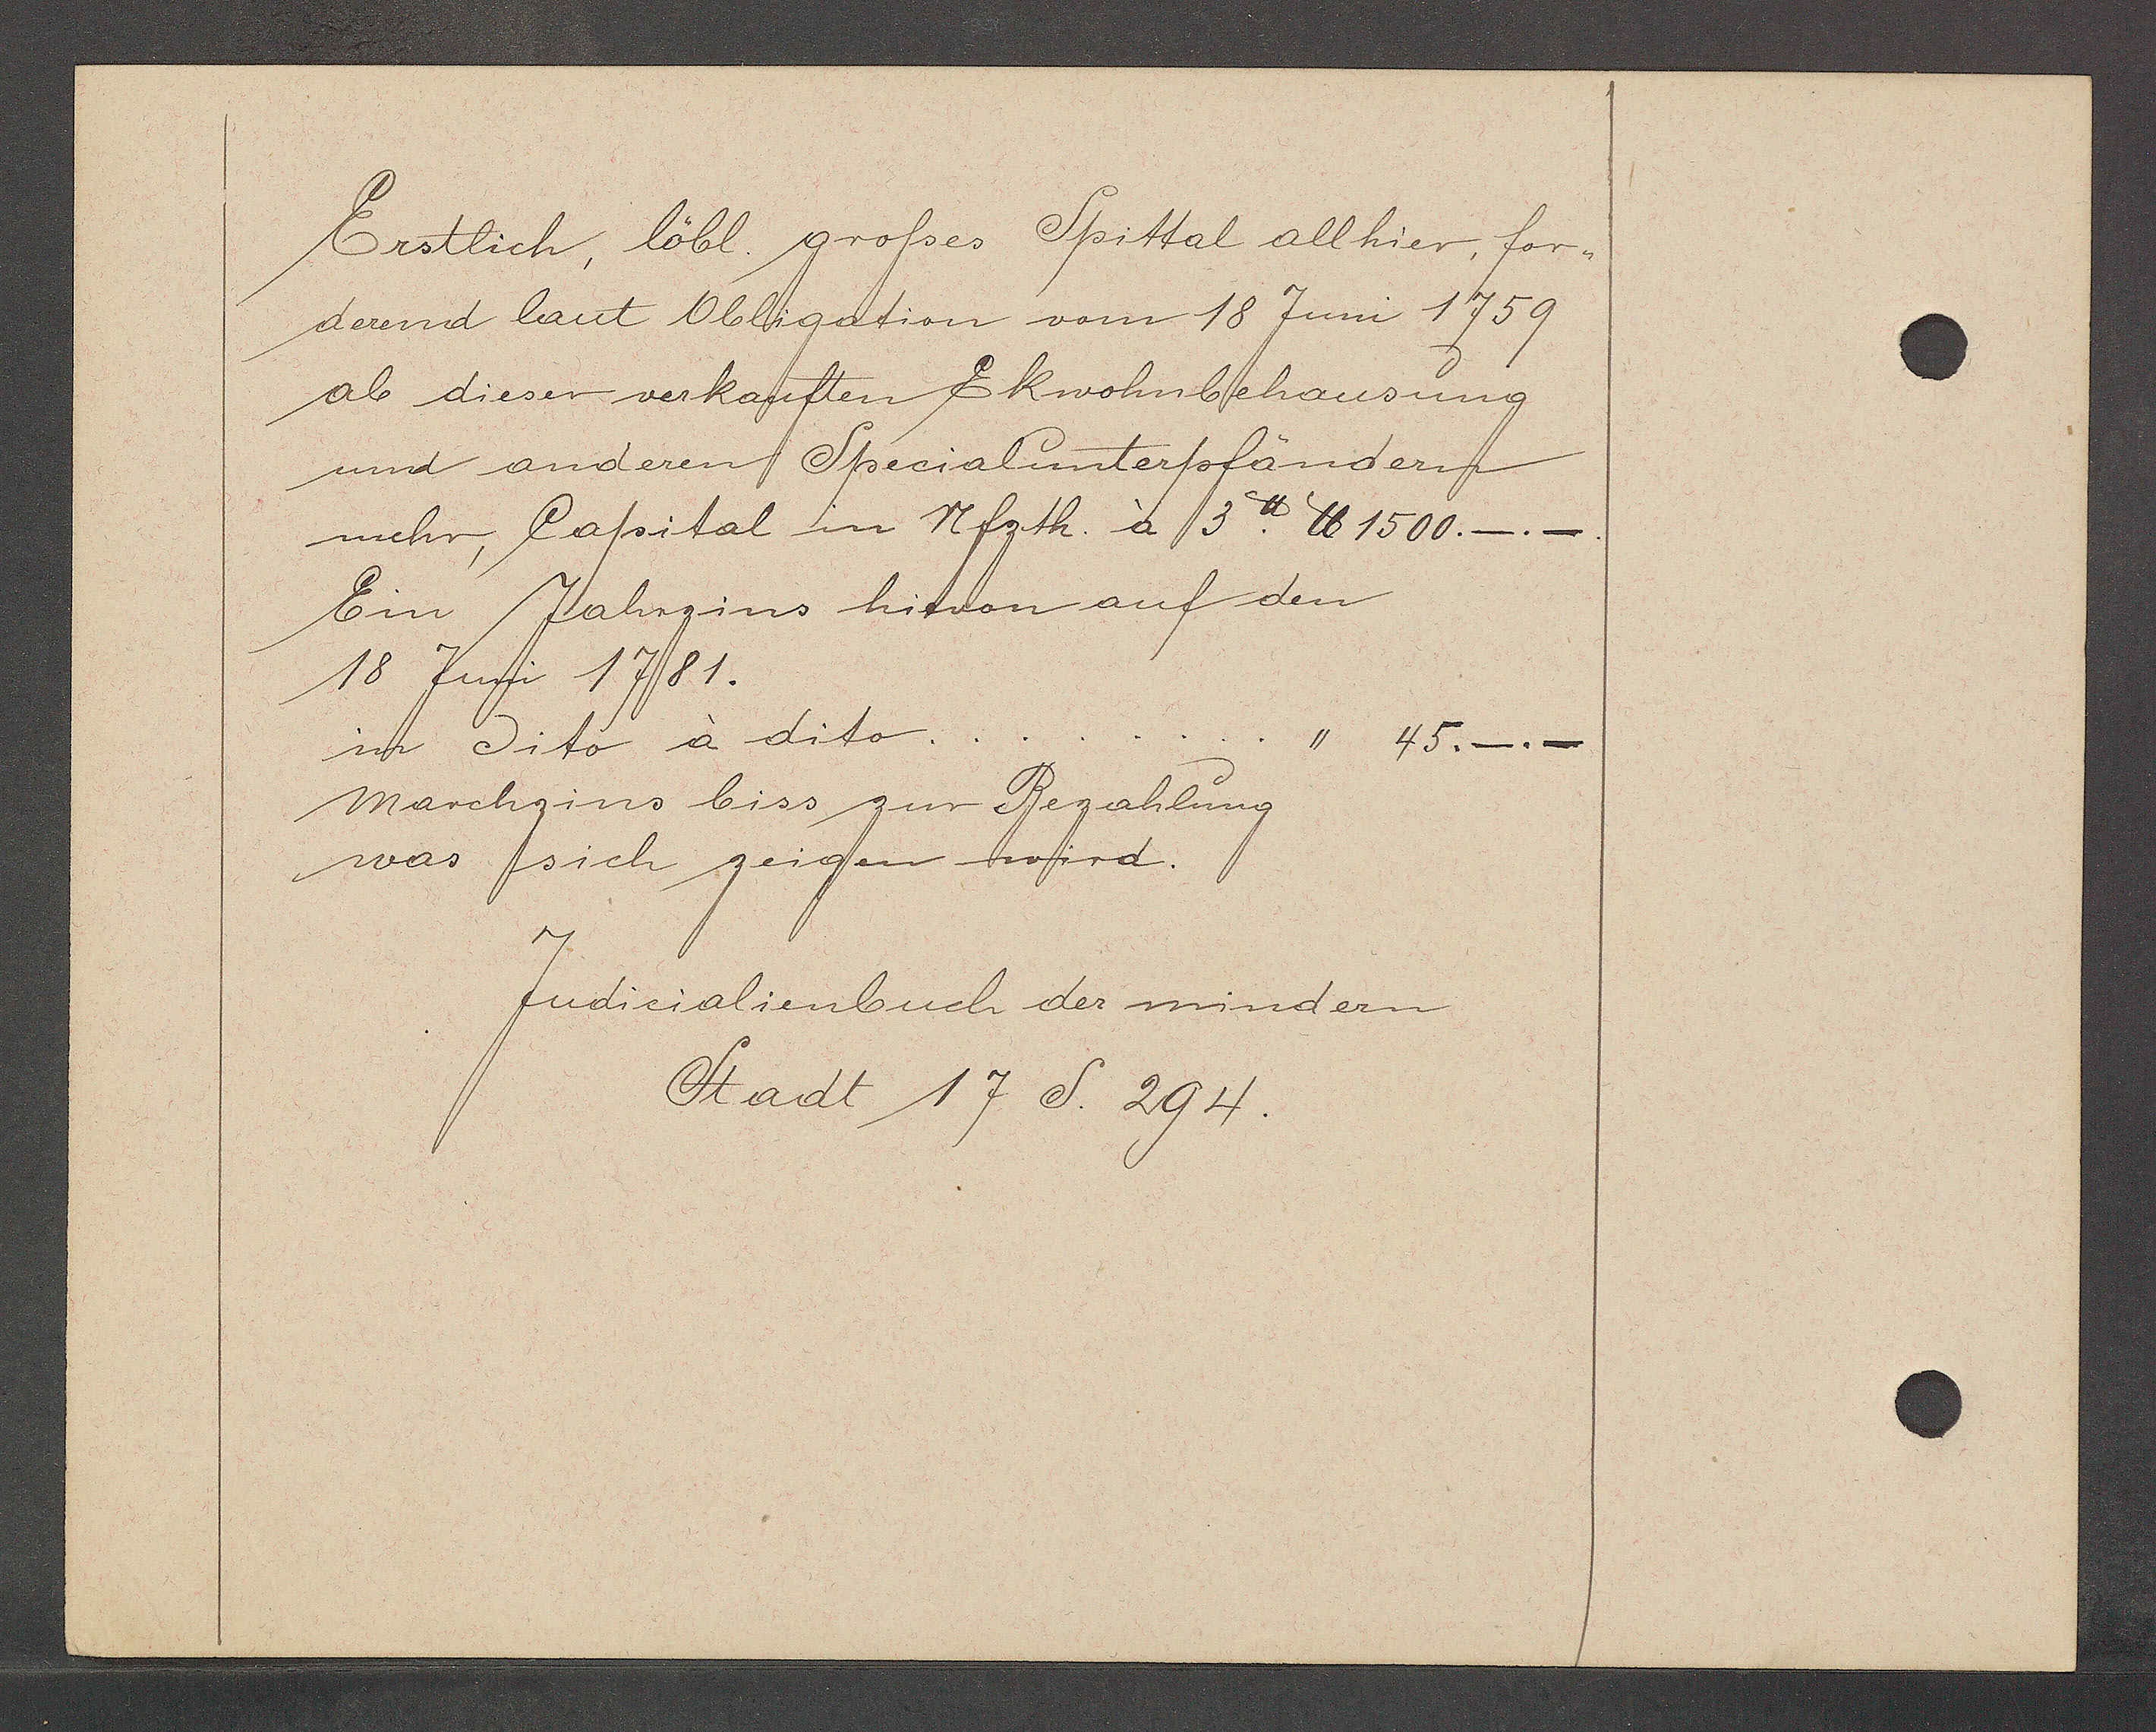
Transcript:
Erstlich, löbl. grosses Spittal allhier, for-
derend laut Obligation vom 18 Juni 1759
ab dieser verkauften Ekwohnbehausung
und anderen Specialunterpfändern
mehr, Capital im Nfzth. à 3℔. ℔ 1500.
 _._
Ein Jahrzins hievon auf den
18 Juni 1781.
in dito à dito.
" 45. _._
Marchzins biss zur Bezahlung
was sich zeigen wird.

Judicialienbuch der mindern
Stadt 17 S. 294.